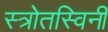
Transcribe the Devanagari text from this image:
स्त्रोतस्विनी